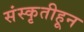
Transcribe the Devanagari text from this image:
संस्‍कृतीहून